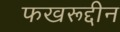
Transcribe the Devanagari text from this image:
फखरूद्दीन